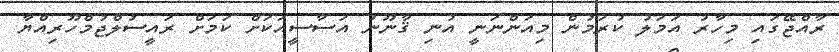
ރާއްޖޭގައި މިހާރު އަމަލު ކުރަމުން މިއަންނަނީ އުނި ޤާނޫނު އަސާސީއަކަށް ކަމަށް ރައީސުލްޖުމްހޫރިއްޔާ